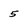
Character: 5